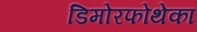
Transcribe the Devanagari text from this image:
डिमोरफोथेका